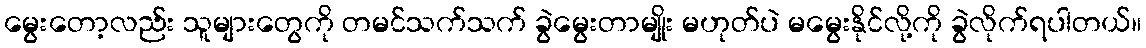
မွေးတော့လည်း သူများတွေကို တမင်သက်သက် ခွဲမွေးတာမျိုး မဟုတ်ပဲ မမွေးနိုင်လို့ကို ခွဲလိုက်ရပါတယ်။